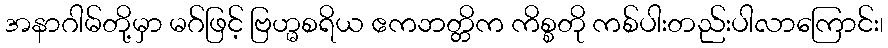
အနာဂါမ်တို့မှာ မဂ်ဖြင့် ဗြဟ္မစရိယ ဧကဘတ္တိက ကိစ္စတို ကစ်ပါးတည်းပါလာကြောင်း၊